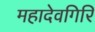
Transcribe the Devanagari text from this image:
महादेवगिरि